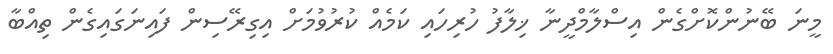
މީނަ ބޭނުންކޮށްގެން އިސްލާމްދީނާ ޚިލާފު ހުރިހައި ކަމެއް ކުރުވުމަށް އިގިރޭސިން ފައިނަގައިގެން ތިއްބާ